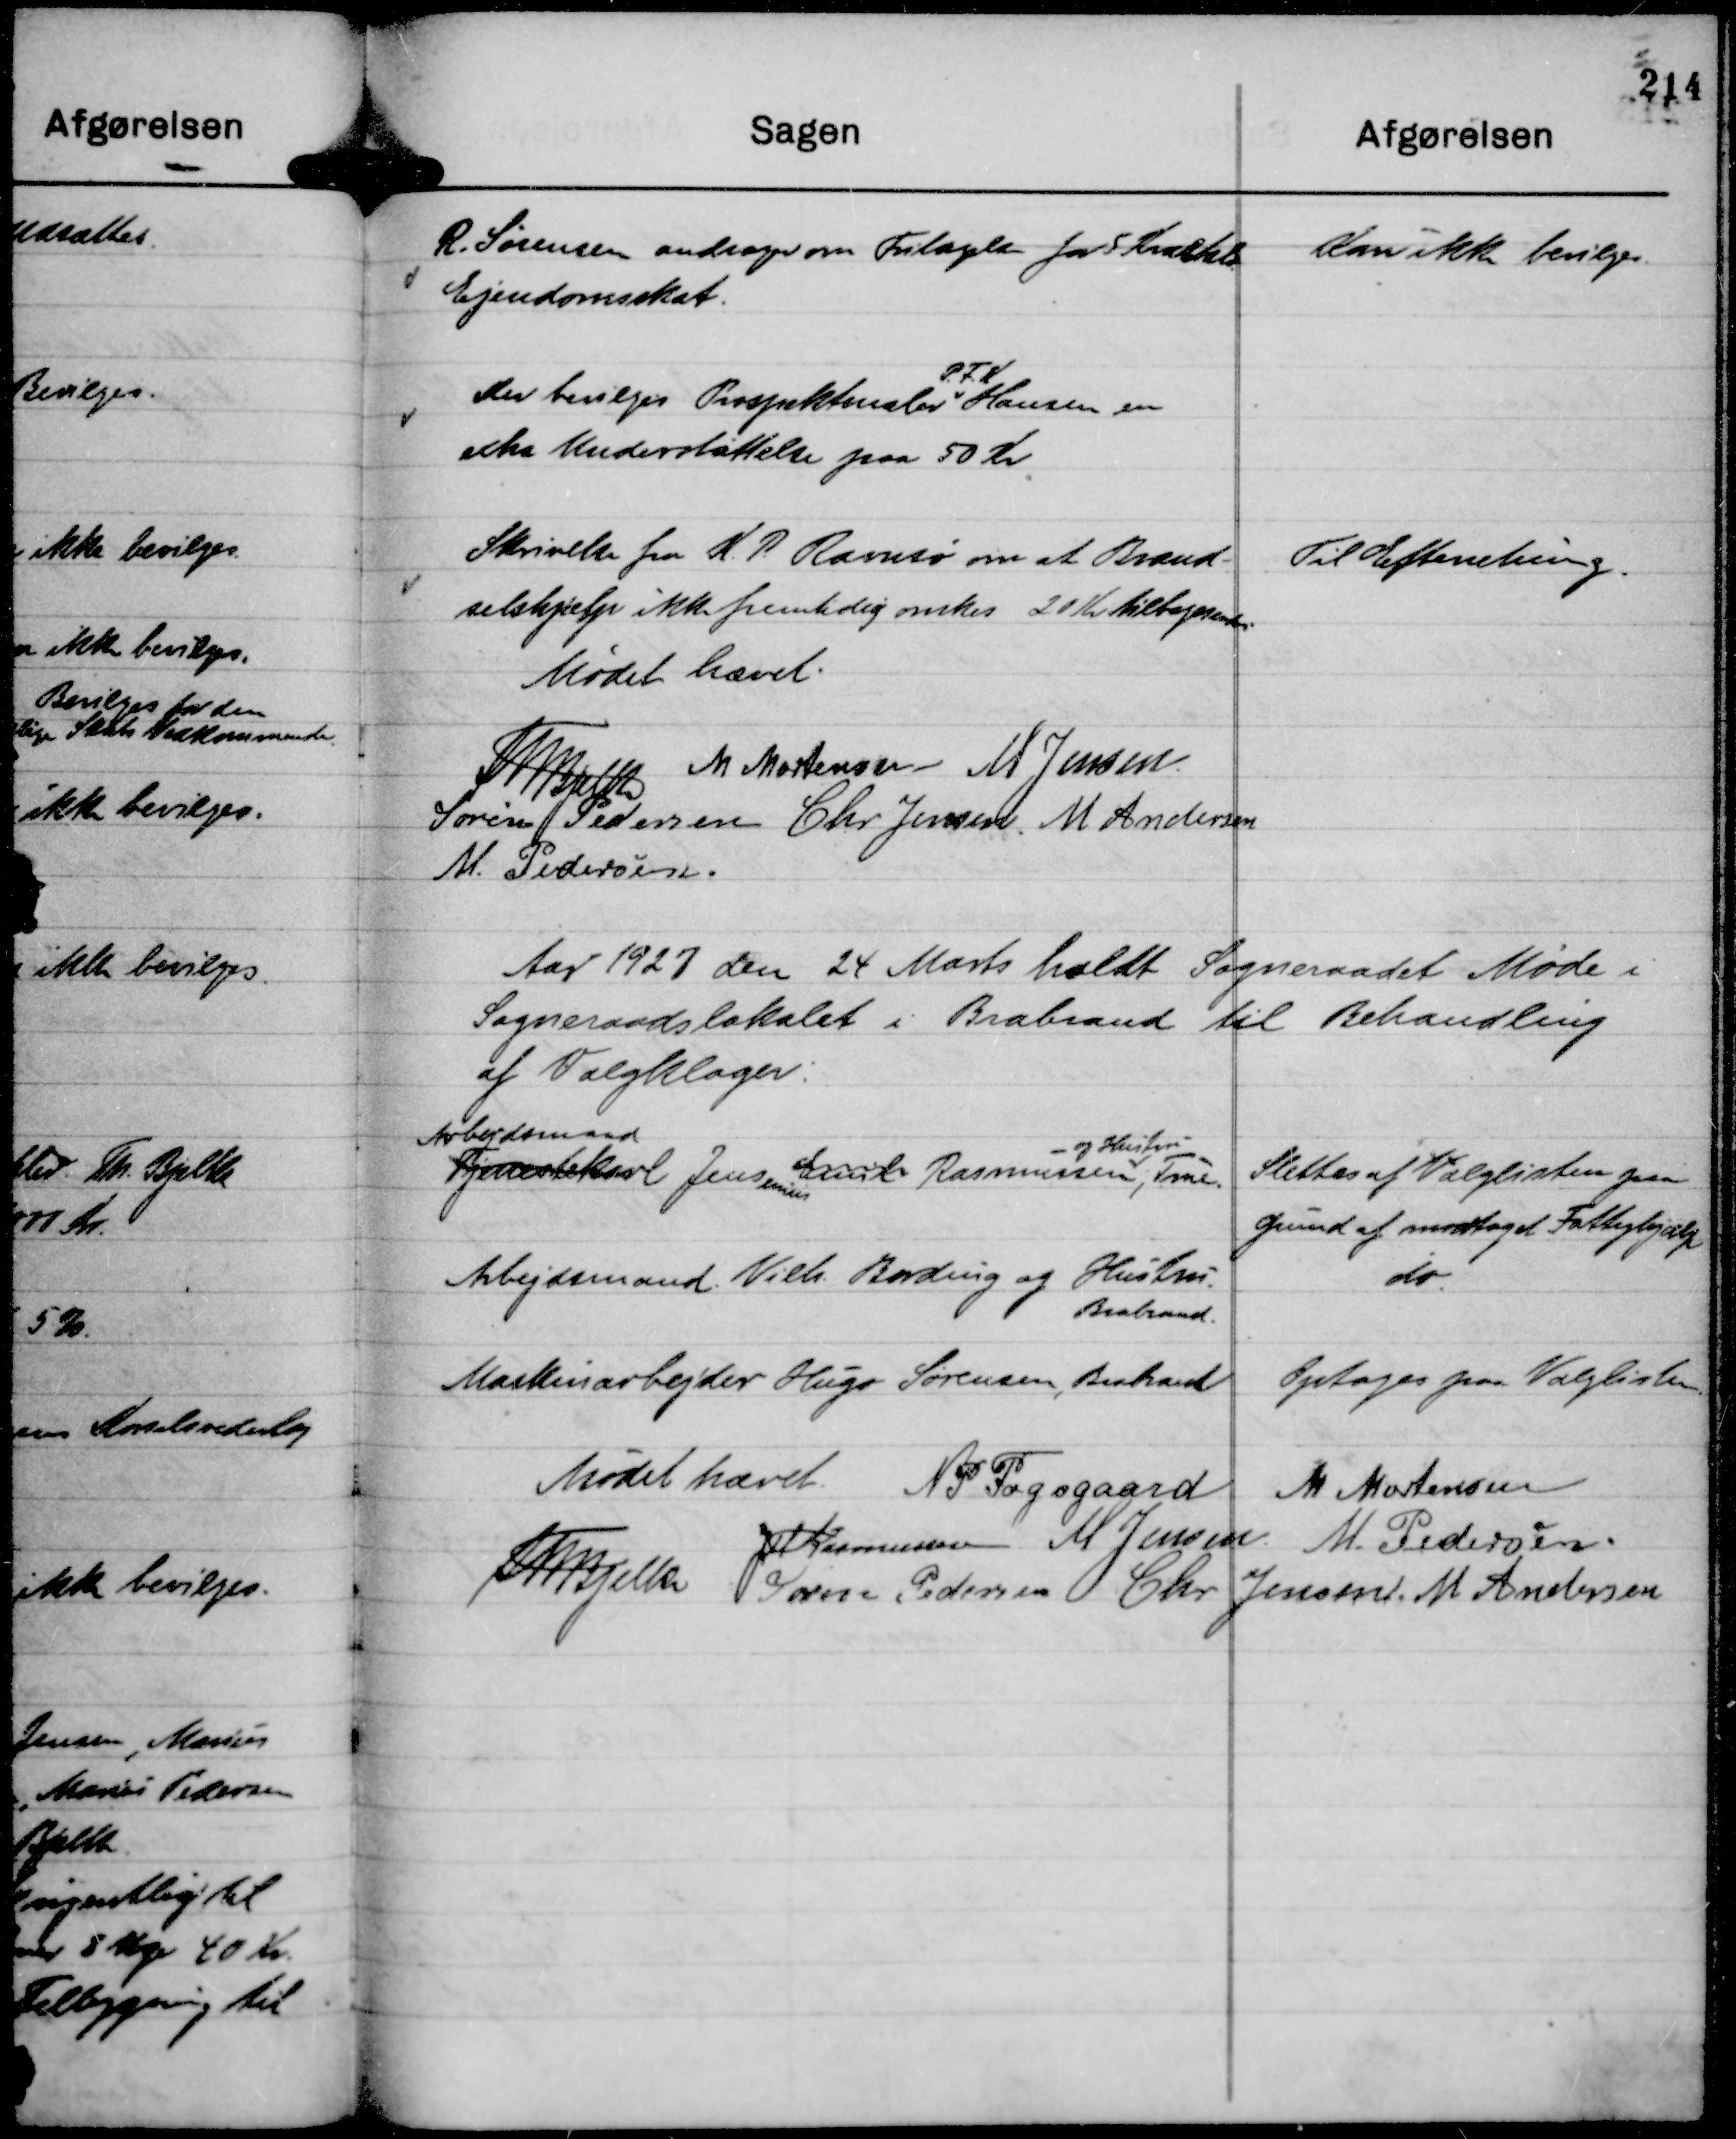
Transskription:
R. Sørensen andrager om Fritagelse for 5 Kvartals
Ejendomsskat.

Kan ikke bevilges.

Der bevilges Prospektmaler
P. F. K
Hansen en
extra Understøttelse paa 50 Kr

Skrivelse fra K. P. Ravnsø om at Brænd-
selshjælp ikke fremtidig ønskes 20 Kr tilbagesendes.

Til Efterretning.

Mødet hævet.
Th Bjelke
M Mortensen
M Jensen.
Søren Pedersen
Chr Jensen
M Andersen
M. Pedersen.

Aar 1927 den 24 Marts holdt Sogneraadet Møde i
Sogneraadslokalet i Brabrand til Behandling
af Valgklager:

Tjenestekarl
Arbejdsmand
Jensenius
Emil Rasmussen,
- og Hustru
True

Slettes af Valglisten paa
grund af modtaget Fattighjælp

Arbejdsmand Vilh. Bording og Hustru
Brabrand.

do.

Maskinarbejder Hugo Sørensen, Brabrand

Optoges paa Valglisten.

Mødet hævet.
N P Fogsgaard
M Mortensen
JM Rasmussen
M Jensen.
M. Pedersen.
Th Bjelke
Søren Pedersen
Chr Jensen.
M Andersen